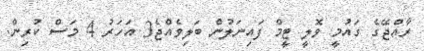
ރާއްޖޭގެ ގައުމީ ވޮލީ ޓީމް ފައިނަލުން ބަލިވެއްޖެ3 އަހަރު 4 މަސް ކުރިން.